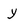
Character: y